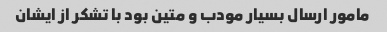
مامور ارسال بسیار مودب و متین بود با تشکر از ایشان